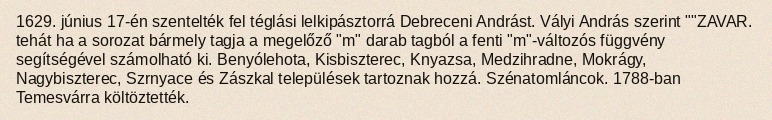
1629. június 17-én szentelték fel téglási lelkipásztorrá Debreceni Andrást. Vályi András szerint ""ZAVAR. tehát ha a sorozat bármely tagja a megelőző "m" darab tagból a fenti "m"-változós függvény segítségével számolható ki. Benyólehota, Kisbiszterec, Knyazsa, Medzihradne, Mokrágy, Nagybiszterec, Szrnyace és Zászkal települések tartoznak hozzá. Szénatomláncok. 1788-ban Temesvárra költöztették.